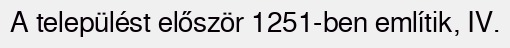
A települést először 1251-ben említik, IV.